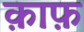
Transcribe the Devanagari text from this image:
क़ाफ़